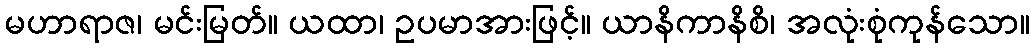
မဟာရာဇ၊ မင်းမြတ်။ ယထာ၊ ဥပမာအားဖြင့်။ ယာနိကာနိစိ၊ အလုံးစုံကုန်သော။